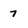
Character: 7